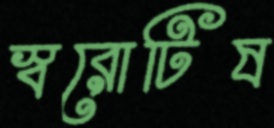
স্বরোটিষ